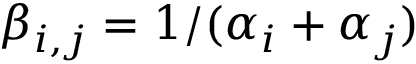
\beta _ { i , j } = 1 / ( \alpha _ { i } + \alpha _ { j } )